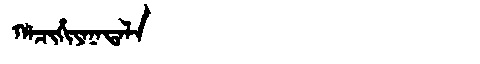
Manchu: ᡥᠠᠴᡳᡥᡳᠶᠠᠨᠠᡨᠠᠯᠠ
Romanization: HACIHIYANATALA